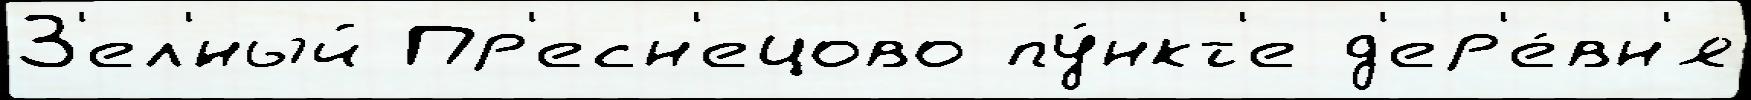
З'ел'́ный Пр'есн'ецово пу́нкт'е д'ер'е́вн'я